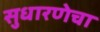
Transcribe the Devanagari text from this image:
सुधारणेचा